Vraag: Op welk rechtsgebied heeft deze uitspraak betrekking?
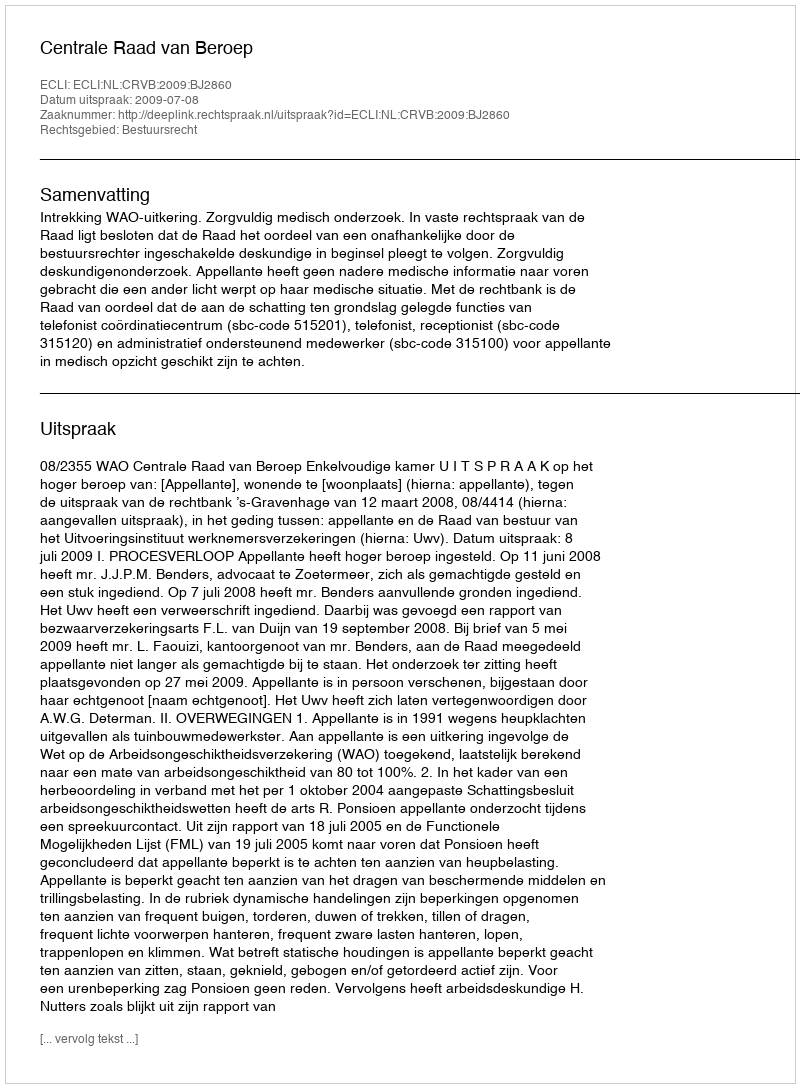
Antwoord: Bestuursrecht